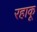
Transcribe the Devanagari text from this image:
रहाकू